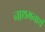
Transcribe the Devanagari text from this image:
नाथमनाथं